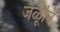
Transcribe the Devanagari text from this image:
जळूनि